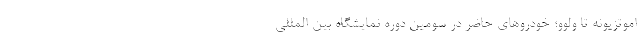
اموتزیونه تا ولوو؛ خودروهای حاضر در سومین دوره نمایشگاه بین المللی